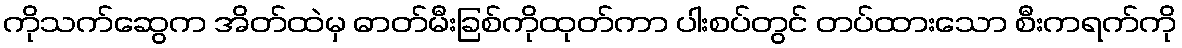
ကိုသက်ဆွေက အိတ်ထဲမှ ဓာတ်မီးခြစ်ကိုထုတ်ကာ ပါးစပ်တွင် တပ်ထားသော စီးကရက်ကို